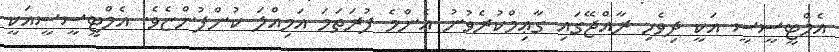
އެމްޓީސީސީ އަކީ ދިވެހި ރާއްޖޭގައި ގާޢިމްކުރެވުނު އެންމެ ފުރަތަމަ އަމިއްލަ ކުންފުންޏެވެ. އެމްޓީސީސީއަކީ